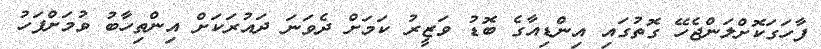
ފާހަގަކޮށްލަންޖެހޭ ގޮތުގައި އިންޑިއާގެ ބޮޑު ވަޒީރު ކަމަށް ދެވަނަ ދައުރަކަަށް އިންތިހާބު ވުމަށްފަހު